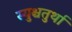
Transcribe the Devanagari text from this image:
स्युश्चतुर्था